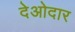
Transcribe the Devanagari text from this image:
देओदार